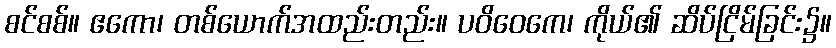
စင်စစ်။ ဧကော၊ တစ်ယောက်အထည်းတည်း။ ပဝိဝေကေ၊ ကိုယ်၏ ဆိပ်ငြိမ်ခြင်း၌။